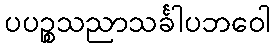
ပပဉ္စသညာသင်္ခါပဘဝေါ